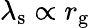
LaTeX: \lambda_{\mathrm{s}}\propto r_{\mathrm{g}}